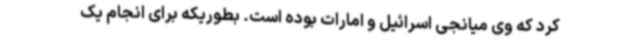
کرد که وی میانجی اسرائیل و امارات بوده است. بطوریکه برای انجام یک